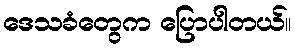
ဒေသခံတွေက ပြောပါတယ်။